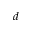
d